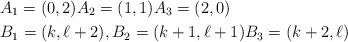
LaTeX: \begin{align*} & A_1=(0,2) A_2=(1,1) A_3=(2,0) \\ & B_1=(k,\ell +2), B_2=(k+1,\ell +1) B_3=(k+2,\ell) \end{align*}